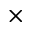
\times